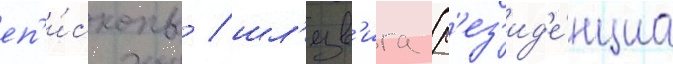
еп'и́скопы / шл'езв'ига (р'ез'ид'е́нциа